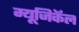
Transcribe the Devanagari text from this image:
म्यूजिकॅल